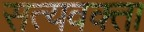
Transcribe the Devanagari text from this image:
सत्यवक्ता